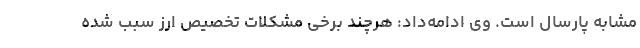
مشابه پارسال است. وی ادامه‌داد: هرچند برخی مشکلات تخصیص ارز سبب شده